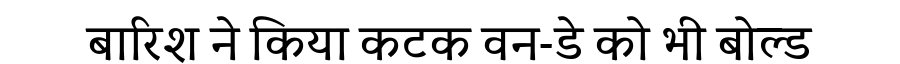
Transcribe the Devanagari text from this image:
बारिश ने किया कटक वन-डे को भी बोल्ड